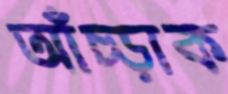
আঁচ্‌ড়াক